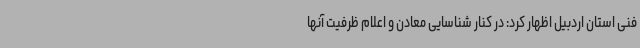
فنی استان اردبیل اظهار کرد: در کنار شناسایی معادن و اعلام ظرفیت آنها